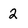
Character: 2